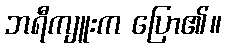
ဘရီကျူးက ပြော၏။